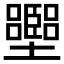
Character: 𡓶